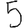
Digit: 5